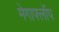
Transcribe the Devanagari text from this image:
मेगाफ्लॉप